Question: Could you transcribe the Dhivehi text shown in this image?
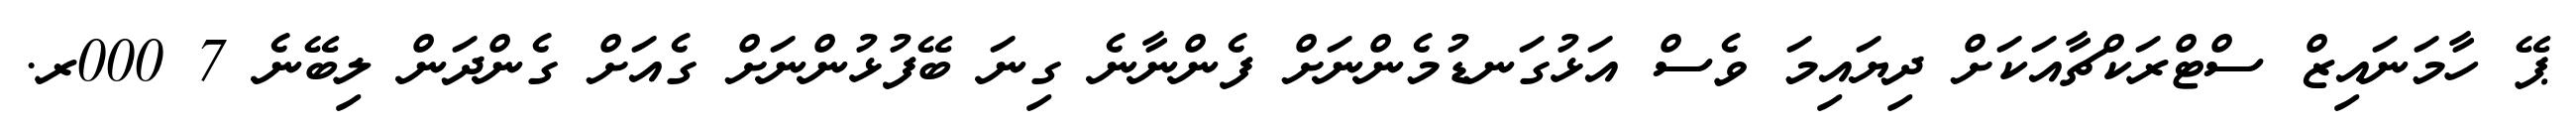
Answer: ޕޭ ހާމަނައިޒް ސްޓްރަކްޗާއަކަށް ދިޔައިމަ ވެސް އަޅުގަނޑުމެންނަށް ފެންނާނެ ގިނަ ބޭފުޅުންނަށް ގެއަށް ގެންދަން ލިބޭނެ 7 000ރ.